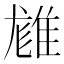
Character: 𨿙